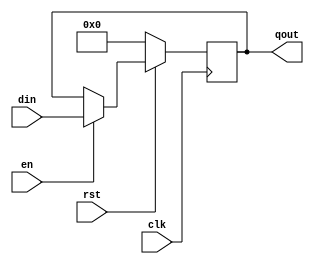
/*--  *******************************************************
--  Computer Architecture Course, Laboratory Sources 
--  Amirkabir University of Technology (Tehran Polytechnic)
--  Department of Computer Engineering (CE-AUT)
--  https://ce[dot]aut[dot]ac[dot]ir
--  *******************************************************
--  All Rights reserved (C) 2019-2020
--  *******************************************************
--  Student ID  : 9833016              9839039
--  Student Name: Amirhossein Poolad & Samin Mahdipour
--  Student Mail: 
--  *******************************************************
--  Additional Comments:
--
--*/

/*-----------------------------------------------------------
---  Module Name: Register 4 bit
---  Description: Lab 10 Part 1
-----------------------------------------------------------*/
`timescale 1 ns/1 ns

module register (

	input        rst ,
	input        clk ,
	input        en ,
	input  [3:0] din ,
	output reg [3:0] qout
);
	/* write your code here */
	always @(posedge clk)
		if (~rst)
			qout = 4'b0000;
		else if (en)
			qout = din;
	/* write your code here */

endmodule